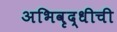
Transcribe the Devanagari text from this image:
अभिवृद्धीची